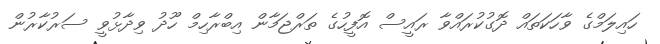
ހައިލަމްގެ ވާހަކަތައް ދޮގުކުރައްވާ ރައީސް އޮފީހުގެ ތަރްޖަމާން އިބްރާހިމް ހޫދު ވިދާޅުވީ ސަރުކާރުން